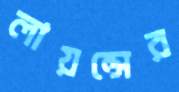
লায়ন্সের